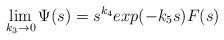
LaTeX: \begin{align*}\lim_{k_3\rightarrow0}\Psi(s)=s^{k_4}exp(-k_5s)F(s)\end{align*}